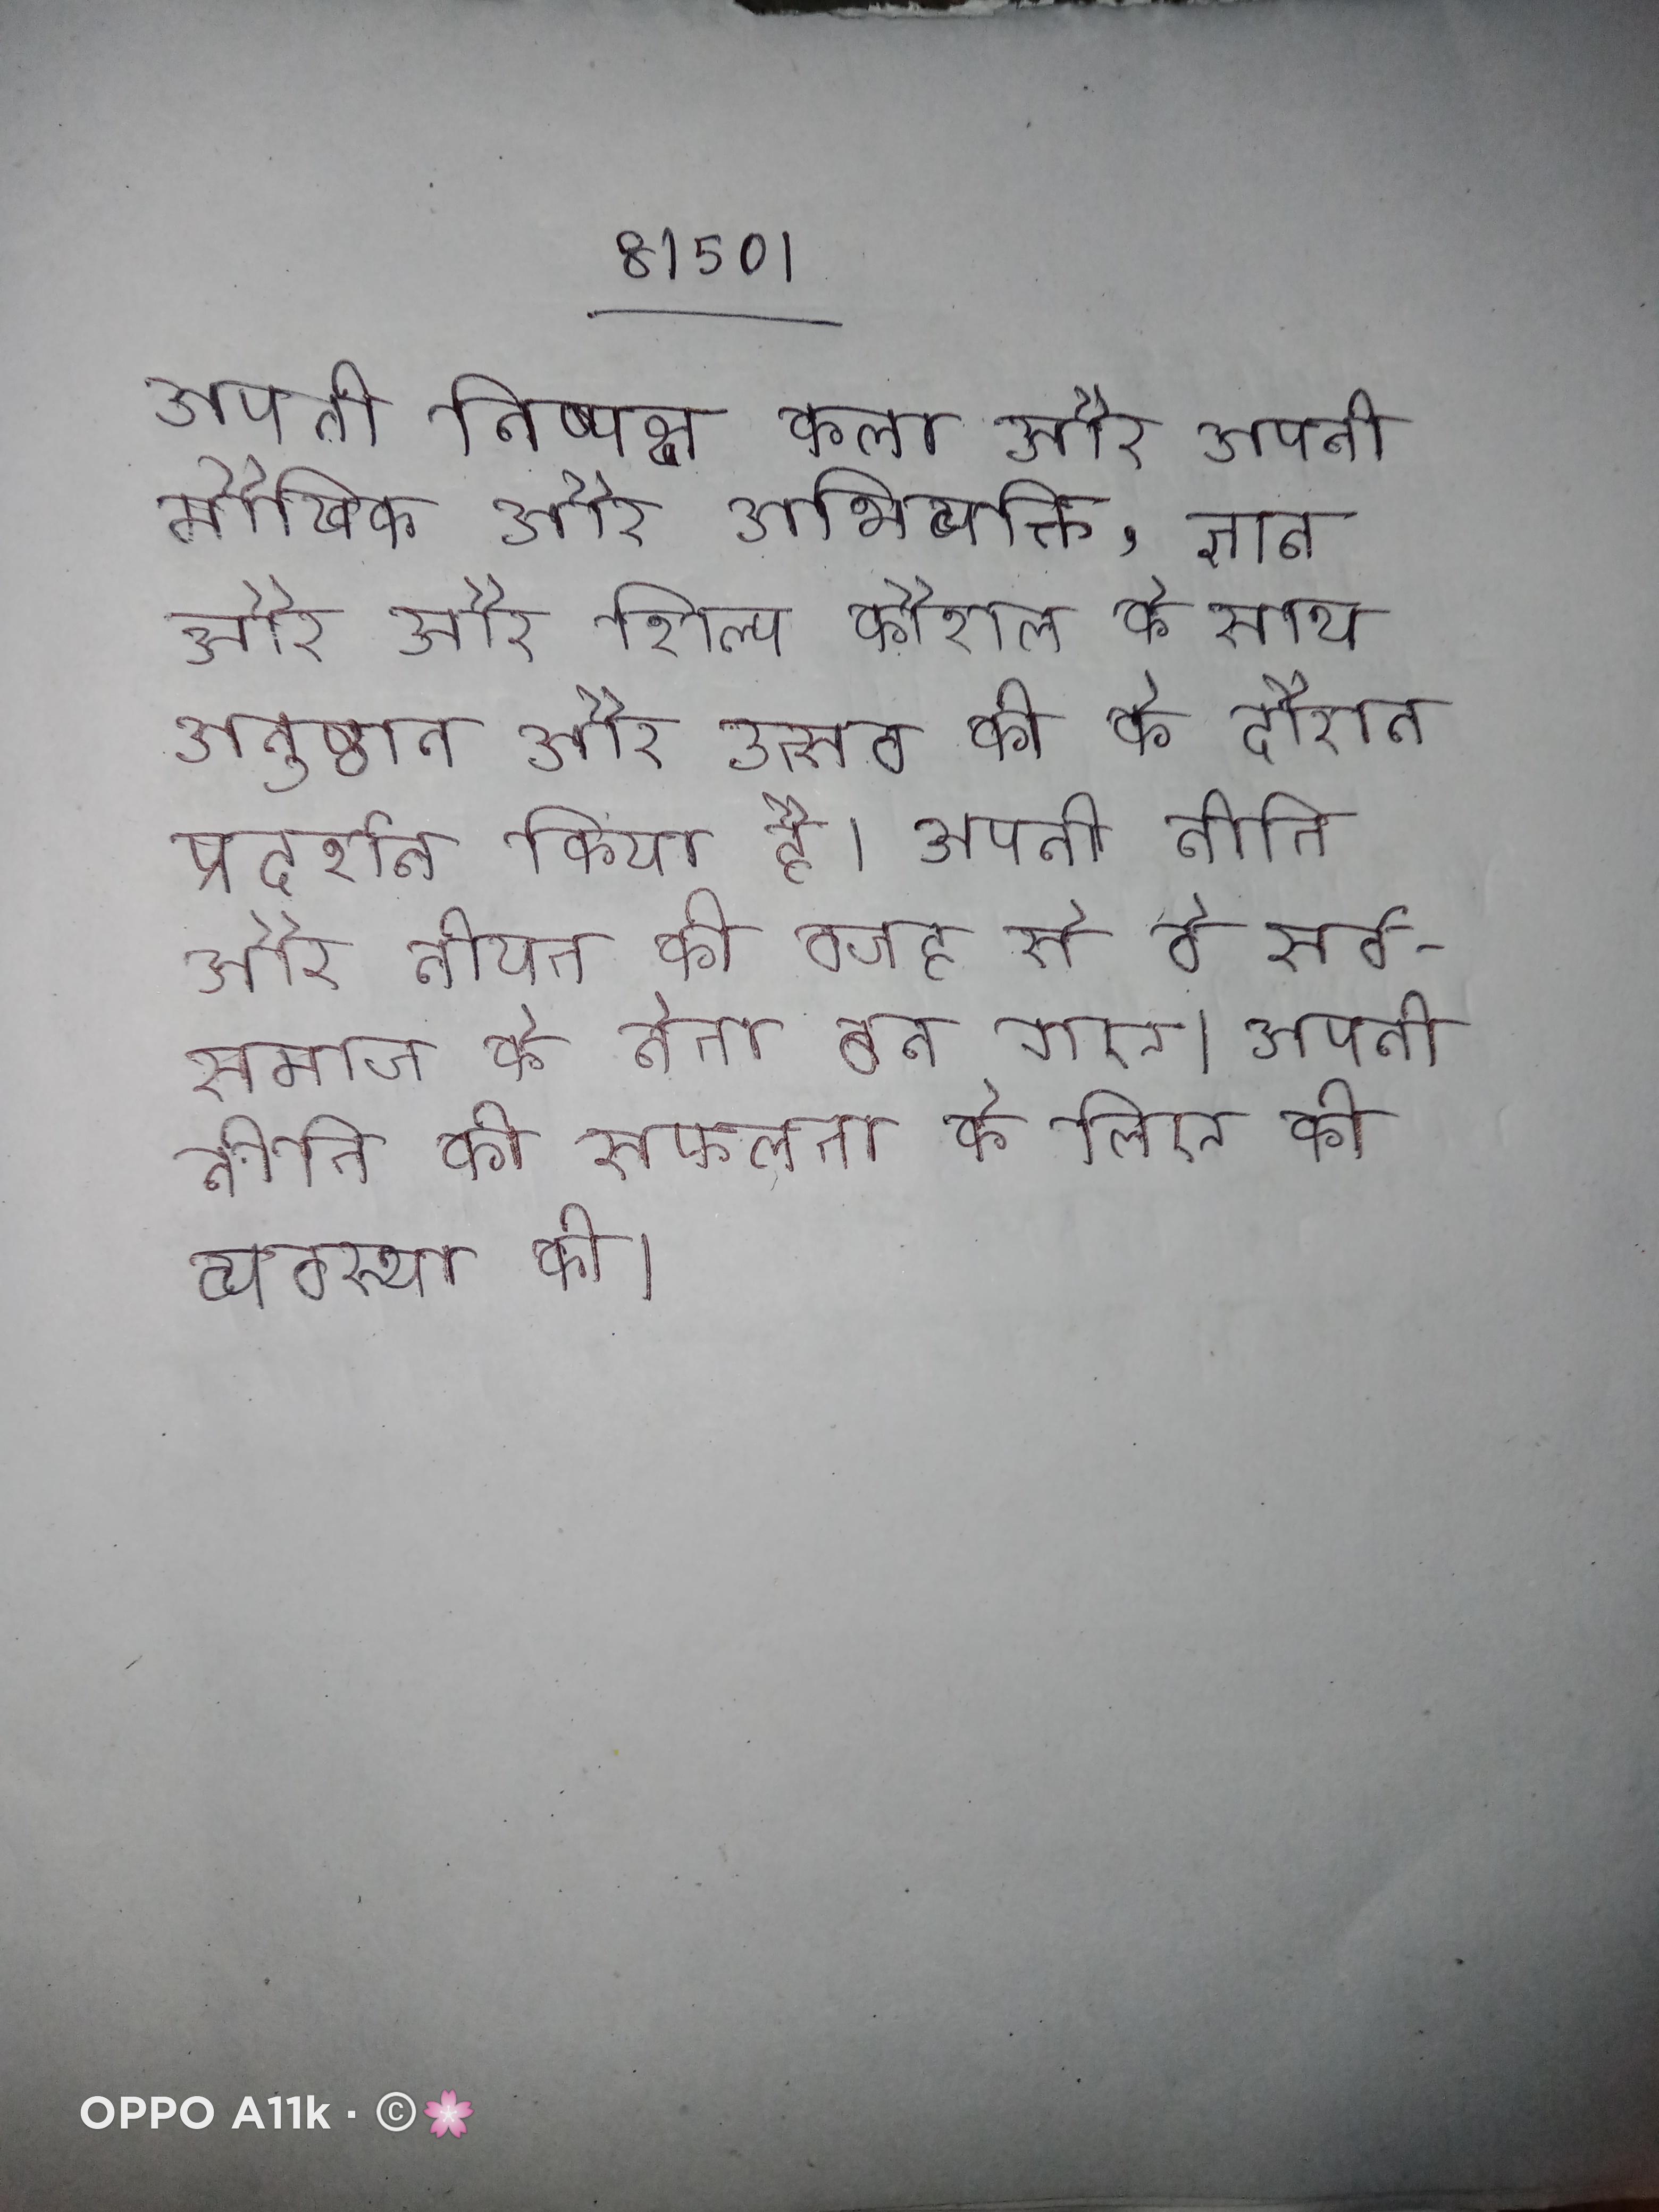
अपनी निष्पक्ष कला और अपनी मौखिक और अभिव्यक्ति, ज्ञान और और शिल्प कौशल के साथ अनुष्ठान और उत्सव की के दौरान प्रदर्शन किया है । अपनी नीति और नीयत की वजह से वे सर्वसमाज के नेता बन गए । अपनी नीति की सफलता के लिए की व्यवस्था की ।